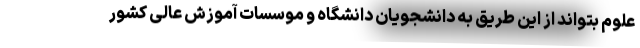
علوم بتواند از این طریق به دانشجویان دانشگاه و موسسات آموزش عالی کشور